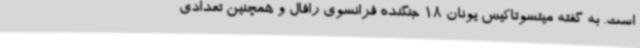
است. به گفته میتسوتاکیس یونان 18 جنگنده فرانسوی رافال و همچنین تعدادی